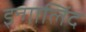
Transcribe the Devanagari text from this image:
इन्गालिंद